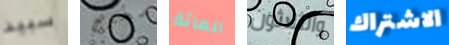
سبيد محرج المائة والثلاثون الاشتراك